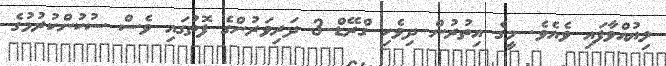
ލިޔުއްވާފައި ވެއެވެ. މީގެ އިތުރުން ދިވެހި ގްރޭޑް-3 ދަރިވަރުންގެ ފޮތުގައި ވެސް ސުކުންކުރުމުގެ